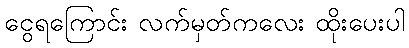
ငွေရကြောင်း လက်မှတ်ကလေး ထိုးပေးပါ